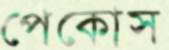
পেকোস